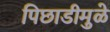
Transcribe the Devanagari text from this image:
पिछाडीमुळे